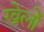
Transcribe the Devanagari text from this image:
खेलोें